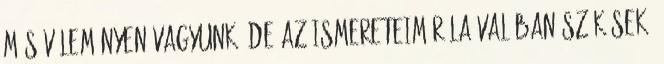
Más véleményen vagyunk, de az ismereteim róla valóban szűkösek,